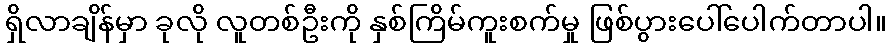
ရှိလာချိန်မှာ ခုလို လူတစ်ဦးကို နှစ်ကြိမ်ကူးစက်မှု ဖြစ်ပွားပေါ်ပေါက်တာပါ။